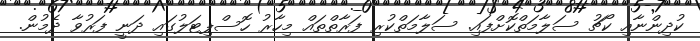
ކުދިންނާއި ކޯޗު ސަލާމަތްކޮށްފައި. ސަލާމަތްކުރި ފަރާތްތައް މިހާރު ހޮސްޕިޓަލުގައި ދަނީ ފަރުވާ ދެމުން.